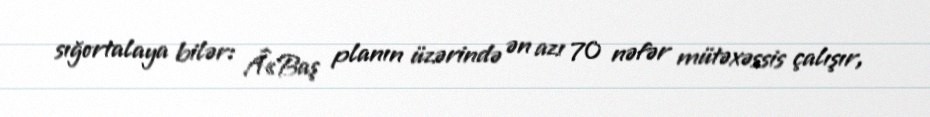
sığortalaya bilər: Â«Baş planın üzərində ən azı 70 nəfər mütəxəssis çalışır,